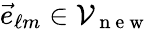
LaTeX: \vec{e}_{\ell m}\in\mathcal{V}_{\mathrm{~n~e~w~}}